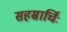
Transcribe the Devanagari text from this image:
सहस्रार्चिः